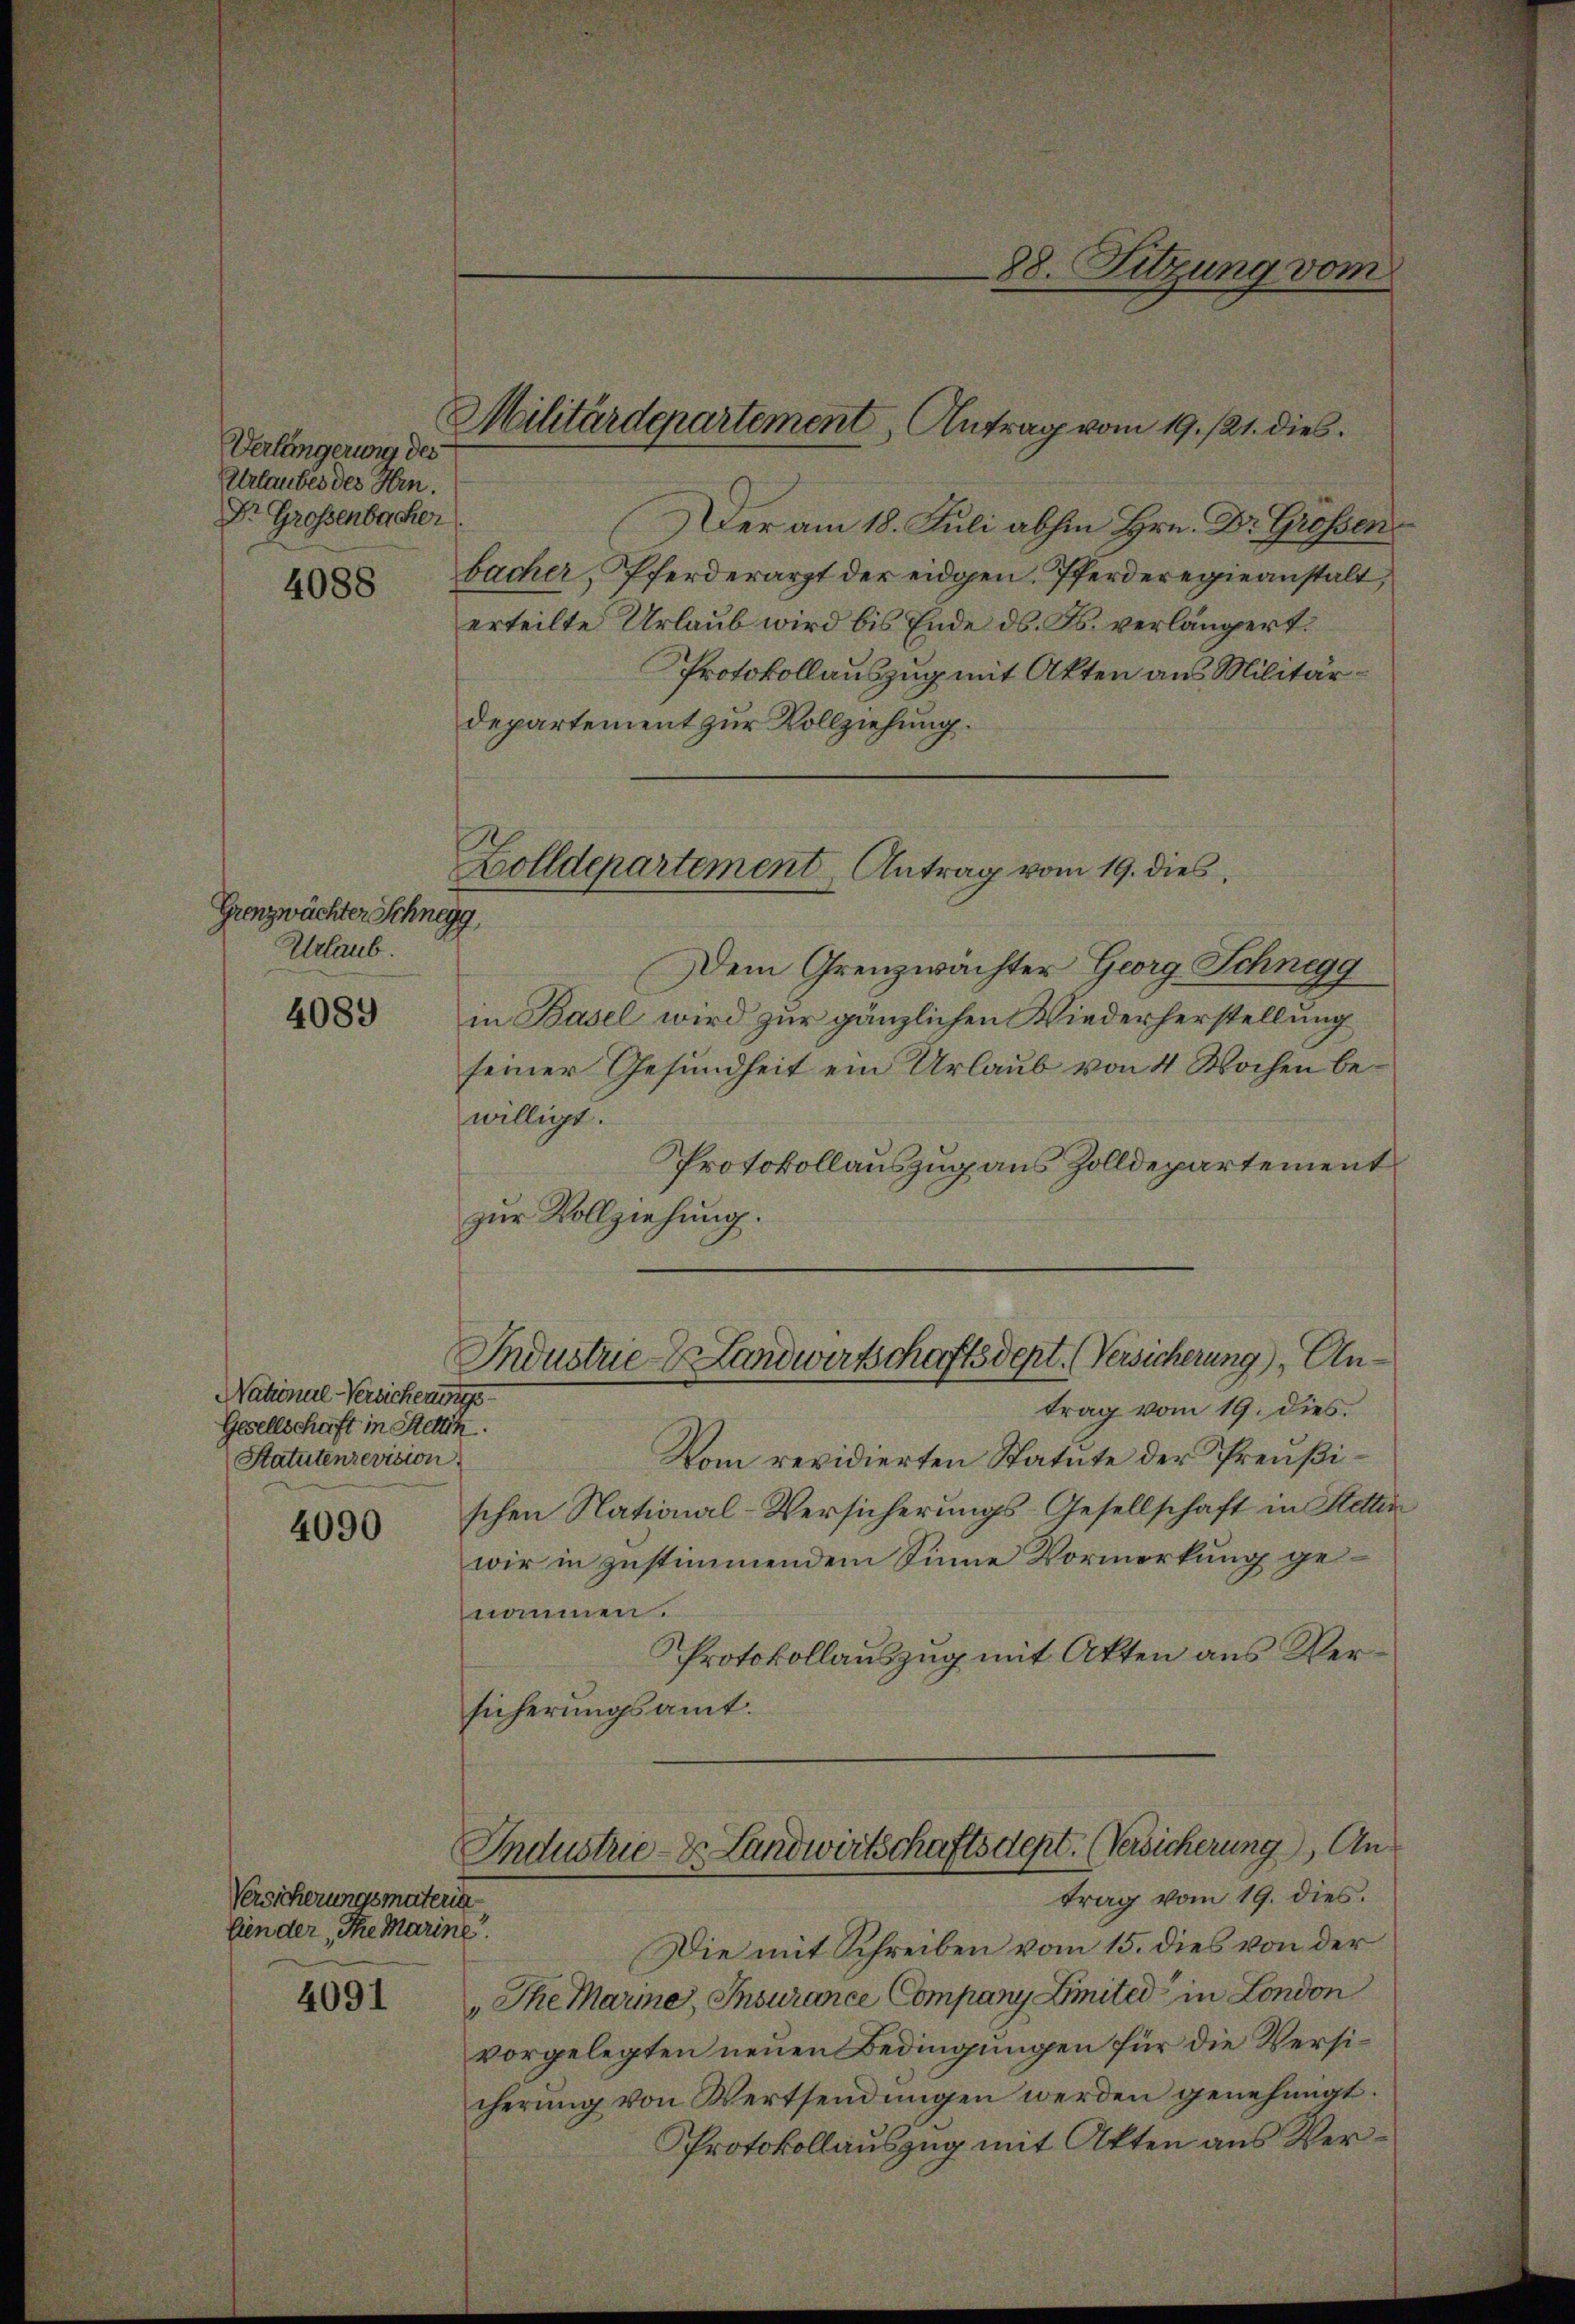
Verlängerung des
Urlauber des Hrn.
Dr. Großenbacher

4088

Grenzwächter Schnegg,
Urlaub.

4089

National-Versicherungs
Gesellschaft in Stettin.
Statutenrevision

4090

Versicherungsmaterin
lien der The Marine.

4091

Der am 18. Juli abhin Hrn. Dr. Grossen.
bacher, Pferderarzt der eidgen. Pferderegieanstalt,
erteilte Urlaub wird bis Ende ds. Fs. verlängert.
Protokollauszug mit Akten aus Militärdepartement zur Vollziehung.
Dem Grenzwächter Georg Schnegg
in Basel wird zur gänzlichen Wiederherstellung
seiner Gesundheit ein Urlaub von 4 Wochen bewilligt.
Protokollauszug aus Zolldepartement
zur Vollziehung.
Industrie Landwirtschaftsdept. (Versicherung), Antrag vom 19. dies.
Vom revidierten Statute der Preußischen National-Versicherungs-Gesellschaft in Hettin
wir in zustimmendem Sinne Vormerkung genommen.
Protokollauszug mit Akten aus Versicherungsamt.

Militärdepartement, Antrag vom 19. 121. dies

Zolldepartement Antrag vom 19. dies

88. Sitzung vom

Industrie- & Landwirtschaftsdept. (Versicherung, Antrag vom 19. dies.

Die mit Schreiben vom 15. dies von der
The Marine, Insurance Company inited in London
vorgelegten neuen Bedingungen für die Versicherung von Wertsendungen werden genehmigt.
Protokollauszug mit Akten aus Ver¬